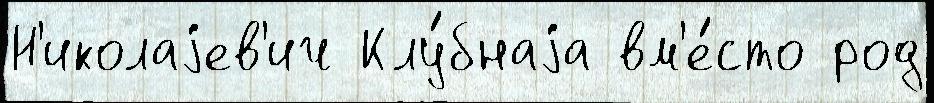
Н'иколаjев'ич Клу́бнаjа вм'е́сто род